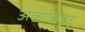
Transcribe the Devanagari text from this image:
अकाऊंटंट